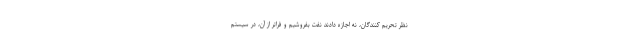
نظر تحریم کنندگان، نه اجازه دادند نفت بفروشیم و فراتر از آن، در سیستم